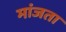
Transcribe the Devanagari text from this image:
मांजता